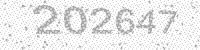
Solution: 202647